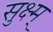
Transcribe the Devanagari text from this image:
सुक्ष्म्